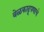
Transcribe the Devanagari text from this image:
वेळकाढूपणाचे